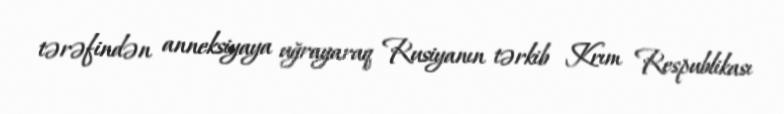
tərəfindən anneksiyaya uğrayaraq Rusiyanın tərkib Krım Respublikası